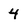
Character: 4